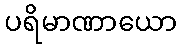
ပရိမာဏာယော